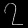
Digit: ၇